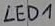
Text: LED1